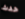
حدث